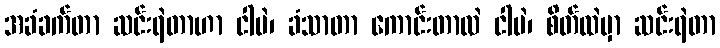
အခံခက်တာ ဆင်းရဲတာဟာ ငါပဲ၊ ခံသာတာ ကောင်းတာလဲ ငါပဲ၊ စိတ်ထဲမှာ ဆင်းရဲတာ